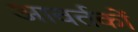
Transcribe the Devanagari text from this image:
आवर्तकों